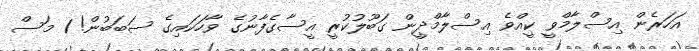
އަހަރެން އިސްލާމްވީ ކީއްވެ އިސްލާމްދީން ގަބޫލުކުރީ އީސާގެފާނުގެ ވާހަކައިގެ ސަބަބުން! 1 މަސް